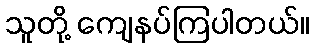
သူတို့ ကျေနပ်ကြပါတယ်။